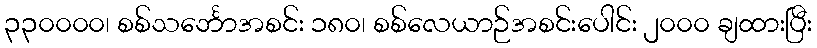
၃၃၀၀၀၀၊ စစ်သင်္ဘောအစင်း ၁၈၀၊ စစ်လေယာဉ်အစင်းပေါင်း ၂၀၀၀ ချထားပြီး